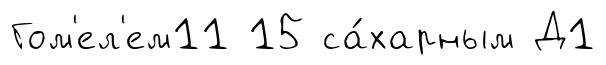
Гом'ел'ем11 15 са́харным Д1